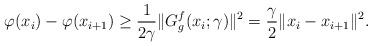
LaTeX: \begin{align*}\varphi(x_i)-\varphi(x_{i+1})\geq \frac{1}{2\gamma}\|G^f_g(x_i;\gamma)\|^2=\frac{\gamma}{2}\|x_i-x_{i+1}\|^2.\end{align*}